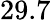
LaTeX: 29.7